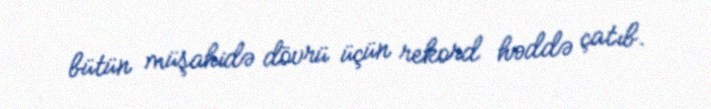
bütün müşahidə dövrü üçün rekord həddə çatıb.